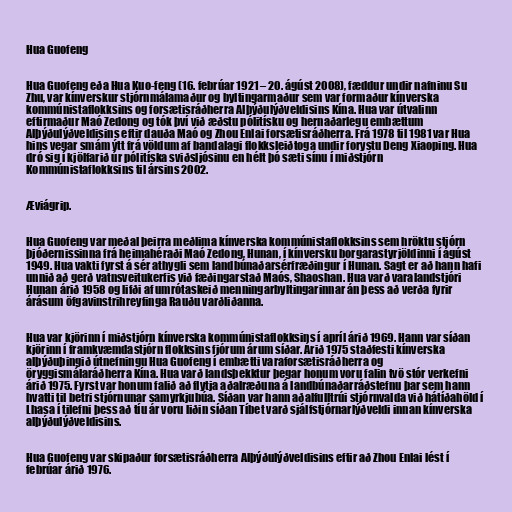
Hua Guofeng

Hua Guofeng eða Hua Kuo-feng (16. febrúar 1921 – 20. ágúst 2008), fæddur undir nafninu Su
Zhu, var kínverskur stjórnmálamaður og byltingarmaður sem var formaður kínverska
kommúnistaflokksins og forsætisráðherra Alþýðulýðveldisins Kína. Hua var útvalinn
eftirmaður Maó Zedong og tók því við æðstu pólitísku og hernaðarlegu embættum
Alþýðulýðveldisins eftir dauða Maó og Zhou Enlai forsætisráðherra. Frá 1978 til 1981 var Hua
hins vegar smám ýtt frá völdum af bandalagi flokksleiðtoga undir forystu Deng Xiaoping. Hua
dró sig í kjölfarið úr pólitíska sviðsljósinu en hélt þó sæti sínu í miðstjórn
Kommúnistaflokksins til ársins 2002.

Æviágrip.

Hua Guofeng var meðal þeirra meðlima kínverska kommúnistaflokksins sem hröktu stjórn
þjóðernissinna frá heimahéraði Maó Zedong, Hunan, í kínversku borgarastyrjöldinni í ágúst
1949. Hua vakti fyrst á sér athygli sem landbúnaðarsérfræðingur í Hunan. Sagt er að hann hafi
unnið að gerð vatnsveitukerfis við fæðingarstað Maós, Shaoshan. Hua varð varalandstjóri
Hunan árið 1958 og lifði af umrótaskeið menningarbyltingarinnar án þess að verða fyrir
árásum öfgavinstrihreyfinga Rauðu varðliðanna.

Hua var kjörinn í miðstjórn kínverska kommúnistaflokksins í apríl árið 1969. Hann var síðan
kjörinn í framkvæmdastjórn flokksins fjórum árum síðar. Árið 1975 staðfesti kínverska
alþýðuþingið útnefningu Hua Guofeng í embætti varaforsætisráðherra og
öryggismálaráðherra Kína. Hua varð landsþekktur þegar honum voru falin tvö stór verkefni
árið 1975. Fyrst var honum falið að flytja aðalræðuna á landbúnaðarráðstefnu þar sem hann
hvatti til betri stjórnunar samyrkjubúa. Síðan var hann aðalfulltrúi stjórnvalda við hátíðahöld í
Lhasa í tilefni þess að tíu ár voru liðin síðan Tíbet varð sjálfstjórnarlýðveldi innan kínverska
alþýðulýðveldisins.

Hua Guofeng var skipaður forsætisráðherra Alþýðulýðveldisins eftir að Zhou Enlai lést í
febrúar árið 1976.